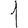
Digit: 1